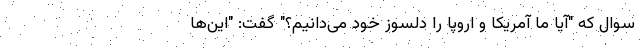
سوال که "آیا ما آمریکا و اروپا را دلسوز خود می‌دانیم؟" گفت: "این‌ها